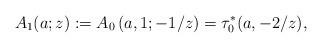
LaTeX: \begin{align*}A_1(a;z):=A_0\left(a,1;-1/z\right)=\tau^{*}_{0}(a,-2/z),\end{align*}